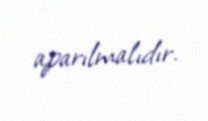
aparılmalıdır.